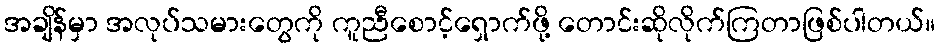
အချိန်မှာ အလုပ်သမားတွေကို ကူညီစောင့်ရှောက်ဖို့ တောင်းဆိုလိုက်ကြတာဖြစ်ပါတယ်။